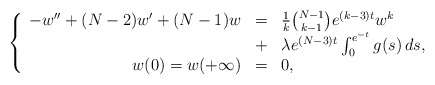
\begin{align*}\left\{ \begin{array}{rcl}-w'' + (N-2)w' + (N-1)w &=& \frac{1}{k} \binom{N-1}{k-1} e^{(k-3)t} w^k \\&+& \lambda e^{(N-3)t} \int_0^{e^{-t}} g(s) \, ds, \\w(0)=w(+\infty) &=& 0,\end{array}\right.\end{align*}